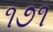
૧૭૧